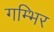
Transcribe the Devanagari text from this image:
गम्भिर